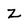
Character: z